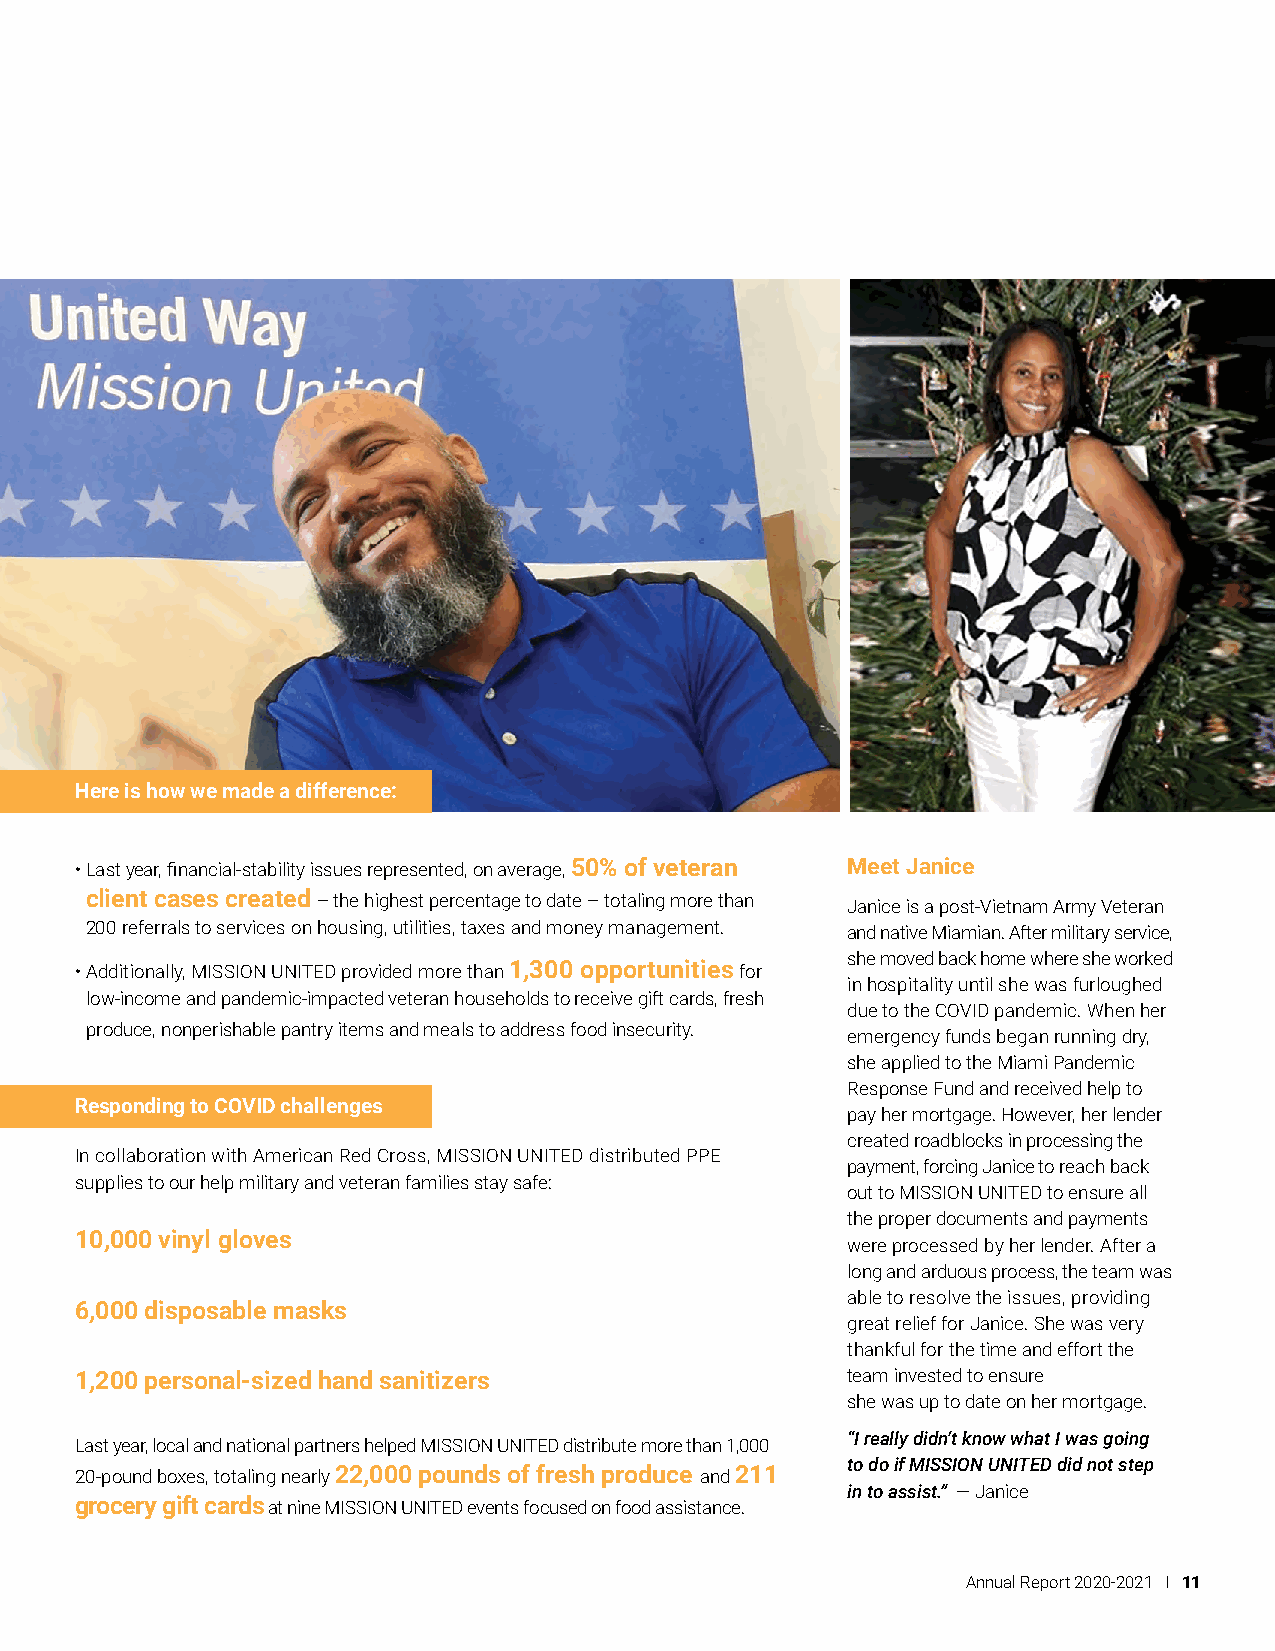
Here is how we made a difference:
 • Last year, financial-stability issues represented, on average, 50% of veteran Meet Janice
 client cases created – the highest percentage to date – totaling more than Janice is a post-Vietnam Army Veteran
 200 referrals to services on housing, utilities, taxes and money management. and native Miamian. After military service,
 she moved back home where she worked
 • A dditionally, MISSION UNITED provided more than 1,300 opportunities for
 in hospitality until she was furloughed
 low-income and pandemic-impacted veteran households to receive gift cards, fresh
 due to the COVID pandemic. When her
 produce, nonperishable pantry items and meals to address food insecurity.
 emergency funds began running dry,
 she applied to the Miami Pandemic
 Response Fund and received help to
 Responding to COVID challenges
 pay her mortgage. However, her lender
 created roadblocks in processing the
 In collaboration with American Red Cross, MISSION UNITED distributed PPE
 payment, forcing Janice to reach back
 supplies to our help military and veteran families stay safe:
 out to MISSION UNITED to ensure all
 the proper documents and payments
 10,000 vinyl gloves
 were processed by her lender. After a
 long and arduous process, the team was
 able to resolve the issues, providing
 6,000 disposable masks
 great relief for Janice. She was very
 thankful for the time and effort the
 1,200 personal-sized hand sanitizers               team invested to ensure
 she was up to date on her mortgage.
 “I really didn’t know what I was going
 Last year, local and national partners helped MISSION UNITED distribute more than 1,000
 to do if MISSION UNITED did not step
 20-pound boxes, totaling nearly 22,000 pounds of fresh produce and 211
 in to assist.” — Janice
 grocery gift cards at nine MISSION UNITED events focused on food assistance.
 Annual Report 2020-2021 I 11